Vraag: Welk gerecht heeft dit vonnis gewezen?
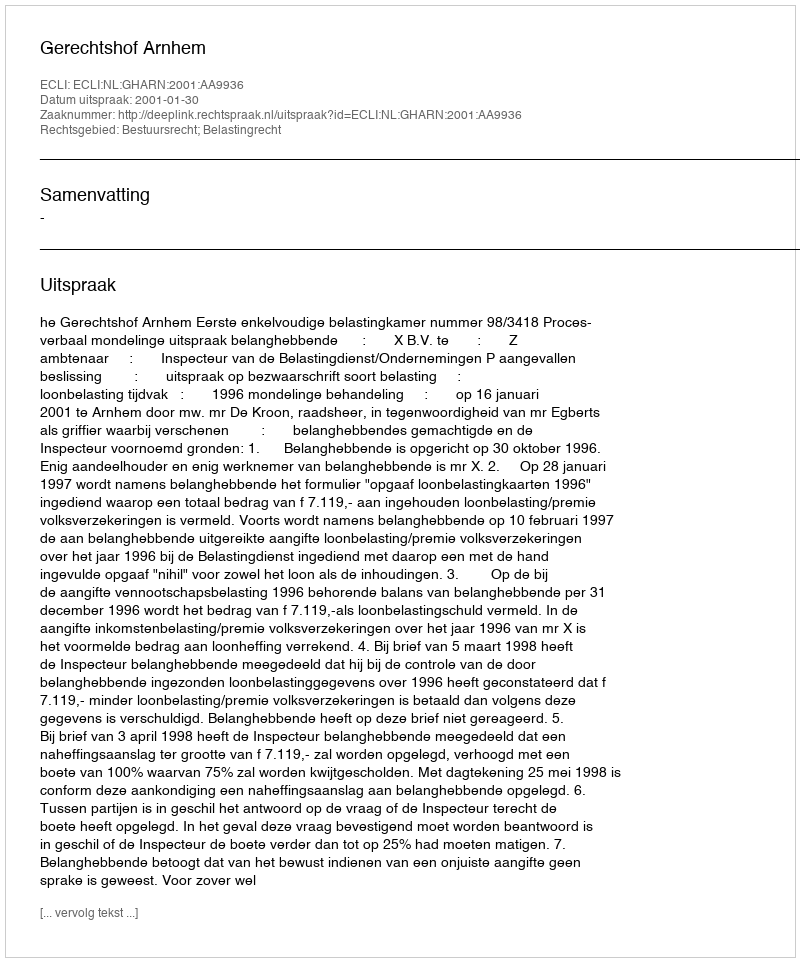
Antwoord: Gerechtshof Arnhem